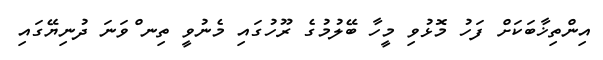
އިންތިޚާބަކަށް ފަހު މޮޅުވި މީހާ ބޭލުމުގެ ރޫހުގައި މެނުވީ ތިނ ްވަނަ ދުނިޔޭގައި